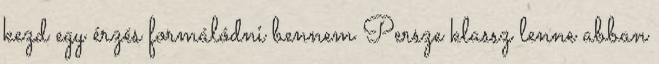
kezd egy érzés formálódni bennem Persze klassz lenne abban